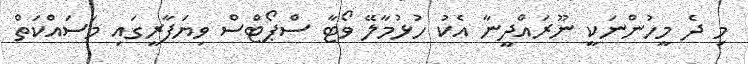
މި ދެ މީހުންނަކީ ނޫރައްދީނާ އެކު ހުޅުމާލޭ ވޯޓާ ސްޕޯޓްސް ވިޔަފާރީގައި މަސައްކަތް